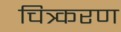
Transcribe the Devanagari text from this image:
चित्र्करण